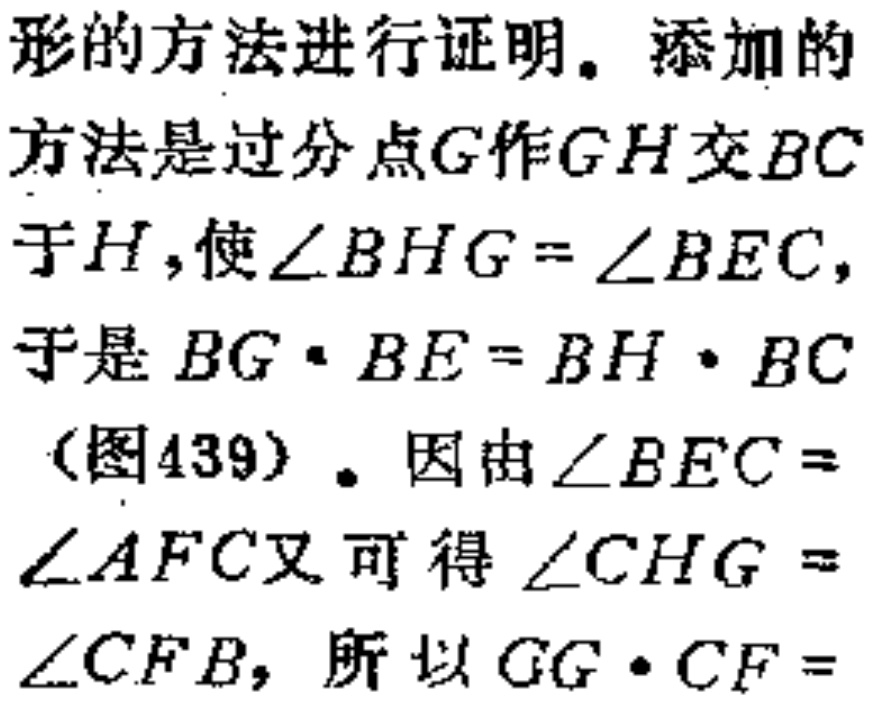
形的方法进行证明。添加的
方法是过分点\(G\)作\(GH\)交\(BC\)
于\(H\)，使\(\angle BHG = \angle BEC\)，
于是\(BG\cdot BE = BH\cdot BC\)
（图439）。因由\(\angle BEC =\)
\(\angle AFC\)又可得\(\angle CHG =\)
\(\angle CFB\)，所以\(GG\cdot CF =\)